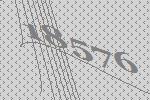
18576